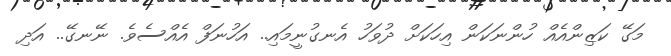
މަގޭ ކަޒިންއެއް ހުންނަކަން އިހަކަށް ދުވަހު އެނގުނީމައި.. އަހުނަފް އެއްސެވެ. ނޭނގޭ.. އަދި